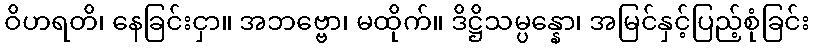
ဝိဟရတိ၊ နေခြင်းငှာ။ အဘဗ္ဗော၊ မထိုက်။ ဒိဋ္ဌိသမ္ပန္နော၊ အမြင်နှင့်ပြည့်စုံခြင်း